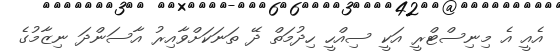
އެއީ އެ މިނިސްޓްރީީ އަކީ ސިއްހީ ހިދުމަތް ދޭ ތަނަކަށްވާއިރު އާސަންދަ ނިޒާމުގެ